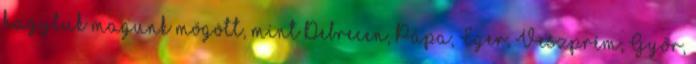
hagytuk magunk mögött, mint Debrecen, Pápa, Eger, Veszprém, Győr,